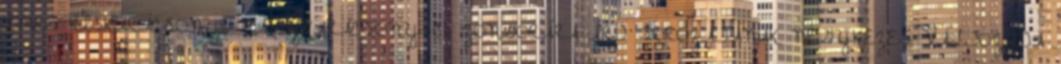
IMRE KISKARÁCSONY, NAGYKARÁCSONY C. ZONGORÁRA ÍRT SOROZATÁNAK NÉGYKEZES VÁLTOZATA